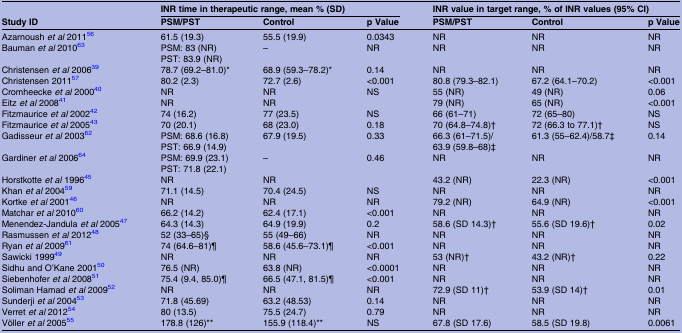
<table><thead><tr><td rowspan="2"><b>Study ID</b></td><td colspan="3"><b>INR time in therapeutic range, mean % (SD)</b></td><td colspan="3"><b>INR value in target range, % of INR values (95% CI)</b></td></tr><tr><td><b>PSM/PST</b></td><td><b>Control</b></td><td><b>p Value</b></td><td><b>PSM/PST</b></td><td><b>Control</b></td><td><b>p Value</b></td></tr></thead><tbody><tr><td>Azarnoush <i>et al</i> 201156</td><td>61.5 (19.3)</td><td>55.5 (19.9)</td><td>0.0343</td><td>NR</td><td>NR</td><td>NR</td></tr><tr><td>Bauman <i>et al</i> 201063</td><td>PSM: 83 (NR)PST: 83.9 (NR)</td><td>–</td><td>NR</td><td>NR</td><td>NR</td><td>NR</td></tr><tr><td>Christensen <i>et al</i> 200639</td><td>78.7 (69.2–81.0)*</td><td>68.9 (59.3–78.2)*</td><td>0.14</td><td>NR</td><td>NR</td><td>NR</td></tr><tr><td>Christensen 201157</td><td>80.2 (2.3)</td><td>72.7 (2.6)</td><td>&lt;0.001</td><td>80.8 (79.3–82.1)</td><td>67.2 (64.1–70.2)</td><td>&lt;0.001</td></tr><tr><td>Cromheecke <i>et al</i> 200040</td><td>NR</td><td>NR</td><td>NS</td><td>55 (NR)</td><td>49 (NR)</td><td>0.06</td></tr><tr><td>Eitz <i>et al</i> 200841</td><td>NR</td><td>NR</td><td></td><td>79 (NR)</td><td>65 (NR)</td><td>&lt;0.001</td></tr><tr><td>Fitzmaurice <i>et al</i> 200242</td><td>74 (16.2)</td><td>77 (23.5)</td><td>NS</td><td>66 (61–71)</td><td>72 (65–80)</td><td>NS</td></tr><tr><td>Fitzmaurice <i>et al</i> 200543</td><td>70 (20.1)</td><td>68 (23.0)</td><td>0.18</td><td>70 (64.8–74.8)†</td><td>72 (66.3 to 77.1)†</td><td>NS</td></tr><tr><td>Gadisseur <i>et al</i> 200362</td><td>PSM: 68.6 (16.8)PST: 66.9 (14.9)</td><td>67.9 (19.5)</td><td>0.33</td><td>66.3 (61–71.5)/63.9 (59.8–68)‡</td><td>61.3 (55–62.4)/58.7‡</td><td>0.14</td></tr><tr><td>Gardiner <i>et al</i> 200664</td><td>PSM: 69.9 (23.1)PST: 71.8 (22.1)</td><td>–</td><td>0.46</td><td>NR</td><td>NR</td><td>NR</td></tr><tr><td>Horstkotte <i>et al</i> 199645</td><td>NR</td><td>NR</td><td></td><td>43.2 (NR)</td><td>22.3 (NR)</td><td>&lt;0.001</td></tr><tr><td>Khan <i>et al</i> 200459</td><td>71.1 (14.5)</td><td>70.4 (24.5)</td><td>NS</td><td>NR</td><td>NR</td><td>NR</td></tr><tr><td>Kortke <i>et al</i> 200146</td><td>NR</td><td>NR</td><td>NR</td><td>79.2 (NR)</td><td>64.9 (NR)</td><td>&lt;0.001</td></tr><tr><td>Matchar <i>et al</i> 201060</td><td>66.2 (14.2)</td><td>62.4 (17.1)</td><td>&lt;0.001</td><td>NR</td><td>NR</td><td>NR</td></tr><tr><td>Menendez-Jandula <i>et al</i> 200547</td><td>64.3 (14.3)</td><td>64.9 (19.9)</td><td>0.2</td><td>58.6 (SD 14.3)†</td><td>55.6 (SD 19.6)†</td><td>0.02</td></tr><tr><td>Rasmussen <i>et al</i> 201248</td><td>52 (33–65)§</td><td>55 (49–66)</td><td>NR</td><td>NR</td><td>NR</td><td>NR</td></tr><tr><td>Ryan <i>et al</i> 200961</td><td>74 (64.6–81)¶</td><td>58.6 (45.6–73.1)¶</td><td>&lt;0.001</td><td>NR</td><td>NR</td><td>NR</td></tr><tr><td>Sawicki 199949</td><td>NR</td><td>NR</td><td>NR</td><td>53 (NR)†</td><td>43.2 (NR)†</td><td>0.22</td></tr><tr><td>Sidhu and O&#x27;Kane 200150</td><td>76.5 (NR)</td><td>63.8 (NR)</td><td>&lt;0.0001</td><td>NR</td><td>NR</td><td>NR</td></tr><tr><td>Siebenhofer <i>et al</i> 200851</td><td>75.4 (9.4, 85.0)¶</td><td>66.5 (47.1, 81.5)¶</td><td>&lt;0.001</td><td>NR</td><td>NR</td><td>NR</td></tr><tr><td>Soliman Hamad <i>et al</i> 200952</td><td>NR</td><td>NR</td><td>NR</td><td>72.9 (SD 11)†</td><td>53.9 (SD 14)†</td><td>0.01</td></tr><tr><td>Sunderji <i>et al</i> 200453</td><td>71.8 (45.69)</td><td>63.2 (48.53)</td><td>0.14</td><td>NR</td><td>NR</td><td>NR</td></tr><tr><td>Verret <i>et al</i> 201254</td><td>80 (13.5)</td><td>75.5 (24.7)</td><td>0.79</td><td>NR</td><td>NR</td><td>NR</td></tr><tr><td>Völler <i>et al</i> 200555</td><td>178.8 (126)**</td><td>155.9 (118.4)**</td><td>NS</td><td>67.8 (SD 17.6)</td><td>58.5 (SD 19.8)</td><td>0.0061</td></tr></tbody></table>